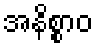
အနိစ္စာဝ